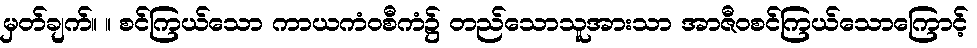
မှတ်ချက်။ ။ စင်ကြယ်သော ကာယကံဝစီကံ၌ တည်သောသူအားသာ အာဇီဝစင်ကြယ်သောကြောင့်